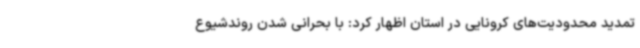
تمدید محدودیت‌های کرونایی در استان اظهار کرد: با بحرانی شدن روندشیوع